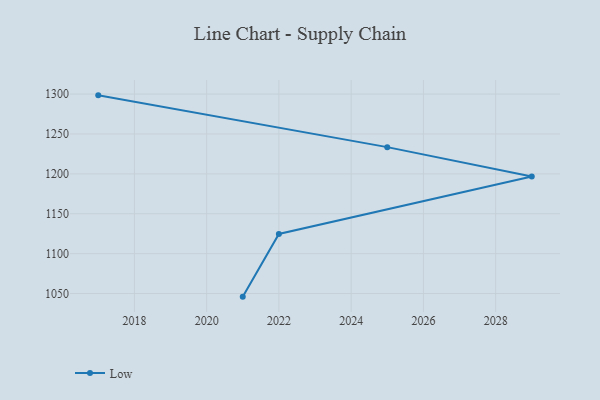
{"axis": {"x": "Year", "y": "Budget (USD K)"}, "legend": ["Low"], "data": [{"x": "2017", "y": 1298.4, "type": "Low"}, {"x": "2025", "y": 1233.5, "type": "Low"}, {"x": "2029", "y": 1196.6, "type": "Low"}, {"x": "2022", "y": 1124.7, "type": "Low"}, {"x": "2021", "y": 1046.1, "type": "Low"}]}